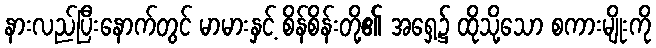
နားလည်ပြီးနောက်တွင် မာမားနှင့် စိန်စိန်းတို့၏ အရှေ့၌ ထိုသို့သော စကားမျိုးကို